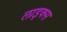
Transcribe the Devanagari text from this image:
लाइक्स